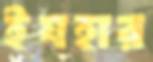
ইযহার